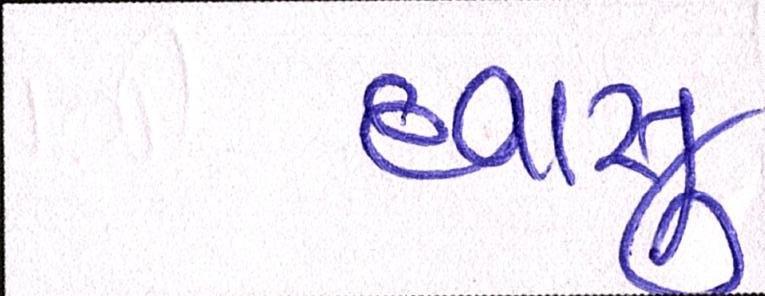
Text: દવાસુ